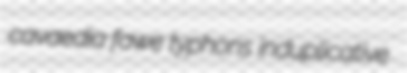
cavaedia fawe typhons induplicative